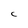
Character: C